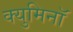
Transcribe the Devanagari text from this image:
क्युमिनॉ